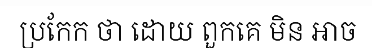
ប្រកែក ថា ដោយ ពួកគេ មិន អាច